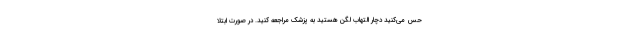
حس می‌کنید دچار التهاب لگن هستید به پزشک مراجعه کنید. در صورت ابتلا